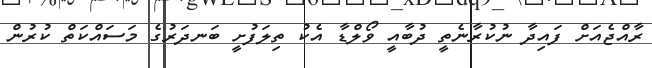
ރާއްޖެއަށް ފައިދާ ނުކުރާނެތީ ދުބާއީ ވޯލްޑާ އެކު ތިލަފުށީ ބަނދަރުގެ މަސައްކަތް ކުރުން